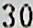
30